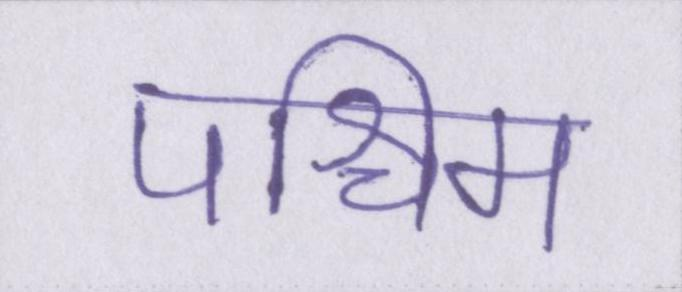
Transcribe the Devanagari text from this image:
पश्चिम